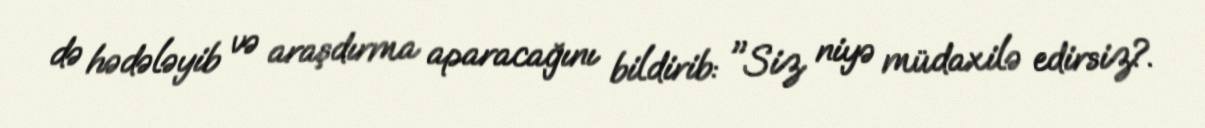
də hədələyib və araşdırma aparacağını bildirib: "Siz niyə müdaxilə edirsiz?.